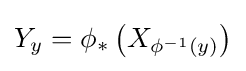
Y_{y}=\phi _{*}\left(X_{\phi ^{-1}(y)}\right)